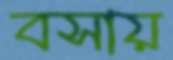
বসায়